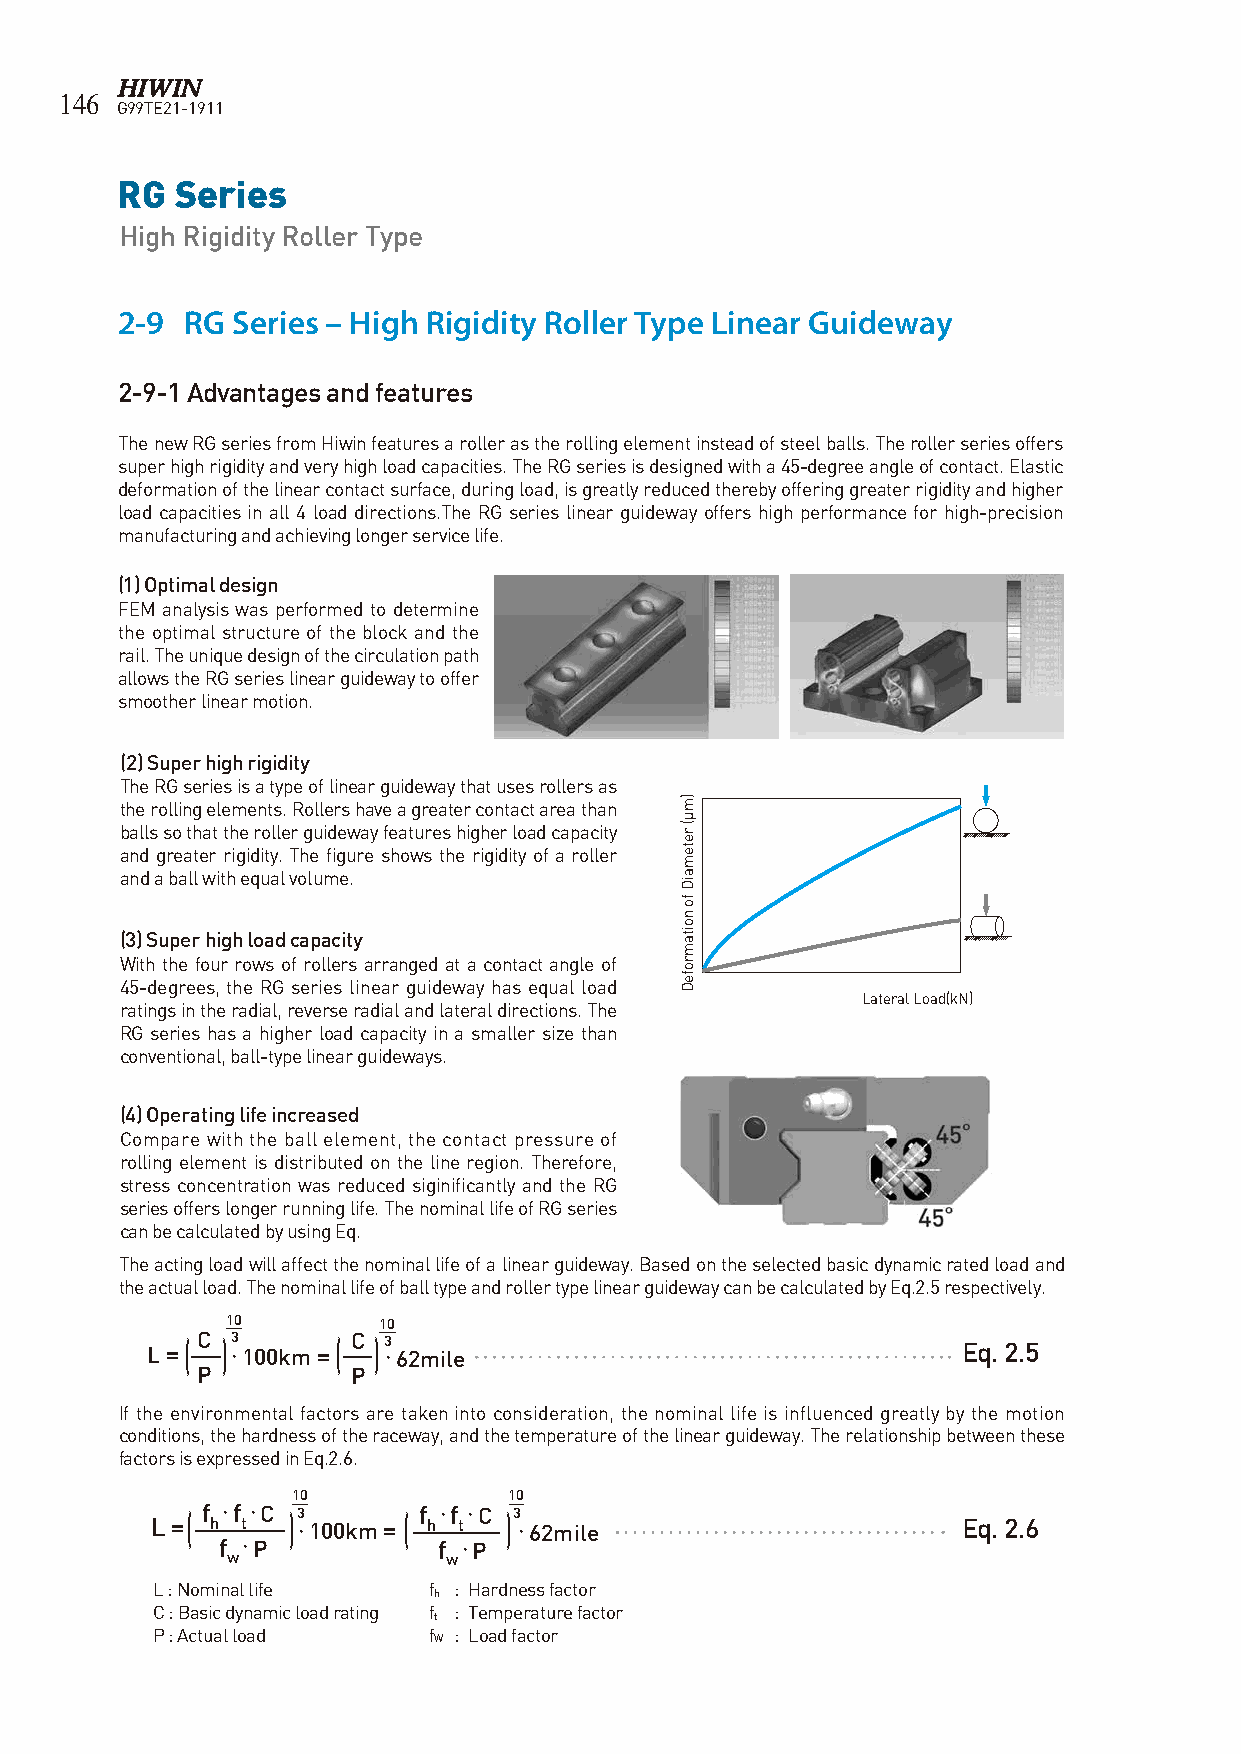
146
 G99TE21-1911
 RG  Series
 High Rigidity Roller Type
 2-9 RG Series – High Rigidity Roller Type Linear Guideway
 2-9-1 Advantages and features
 The new RG series from Hiwin features a roller as the rolling element instead of steel balls. The roller series offers
 super high rigidity and very high load capacities. The RG series is designed with a 45-degree angle of contact. Elastic
 deformation of the linear contact surface, during load, is greatly reduced thereby offering greater rigidity and higher
 load capacities in all 4 load directions.The RG series linear guideway offers high performance for high-precision
 manufacturing and achieving longer service life.
 (1) Optimal design
 FEM analysis was performed to determine
 the optimal structure of the block and the
 rail. The unique design of the circulation path
 allows the RG series linear guideway to offer
 smoother linear motion.
 (2) Super high rigidity
 The RG series is a type of linear guideway that uses rollers as
 the rolling elements. Rollers have a greater contact area than
 balls so that the roller guideway features higher load capacity
 and greater rigidity. The figure shows the rigidity of a roller
 and a ball with equal volume.
 (3) Super high load capacity
 With the four rows of rollers arranged at a contact angle of
 45-degrees, the RG series linear guideway has equal load
 Lateral Load(kN)
 ratings in the radial, reverse radial and lateral directions. The
 RG series has a higher load capacity in a smaller size than
 conventional, ball-type linear guideways.
 (4) Operating life increased
 Compare with the ball element, the contact pressure of
 rolling element is distributed on the line region. Therefore,
 stress concentration was reduced siginificantly and the RG
 series offers longer running life. The nominal life of RG series
 can be calculated by using Eq.
 The acting load will affect the nominal life of a linear guideway. Based on the selected basic dynamic rated load and
 the actual load. The nominal life of ball type and roller type linear guideway can be calculated by Eq.2.5 respectively.
 10        10
 L =( C )3 • 100km =( C )3 • 62mile                    Eq. 2.5
 P 10      P 10
 L =( C )3 • 100km =( C )3 • 62mile
 If the environmental factors are taken into consideration, the nominal life is influenced greatly by the motion
 P         P
 conditions, the hardness of the raceway, and the temperature of the linear guideway. The relationship between these
 10             10
 facto Lr s
 =
 is
 (
 efx hp •r fe ts •s Ced in
 )3 •
 E 1q 0.2 0.6 k.
 m = ( f h • f t • C )3 • 62mile
 L =( f h
 f
 •w f
 t• •P
 C
 )1
 3
 •0
 100km = ( f h
 f
 • wf t
 •
 •
 P
 C
 )1 30
 • 62mile                      Eq. 2.6
 f
 w
 • P          f
 w
 • P
 L : Nominal life  f : Hardness factor
 h
 C : Basic dynamic load rating f : Temperature factor
 t
 P : Actual load   f : Load factor
 W
 )mμ(
 retemaiD
 fo
 noitamrofeD